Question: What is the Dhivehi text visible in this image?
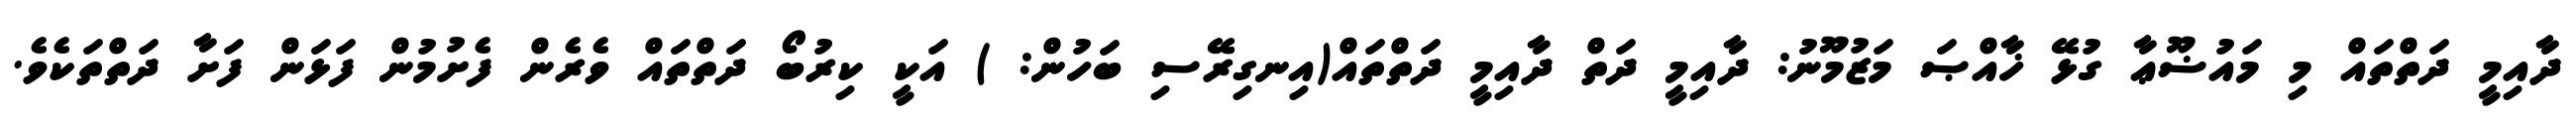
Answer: ދާއިމީ ދަތްތައް މި މައުޟޫޢާ ގުޅޭ ޚާއްޞަ މަޒުމޫނު: ދާއިމީ ދަތް ދާއިމީ ދަތްތައް(އިނގިރޭސި ބަހުން: ) އަކީ ކިރުބޯ ދަތްތައް ވެރެން ފެށުމުން ފަޅަން ފަށާ ދަތްތަކެވެ.